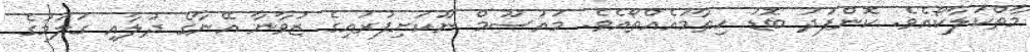
މާތްކަލާކޯއެވެ. ކޮންފަދަ ބޮޑު ހިތާމައެއްތޯއެވެ. މައުސޫމް ނޫކަށިފުރައިގެ ޒުވާނާ އޭނާގެ ދުލާއި ގަލަމުގެ